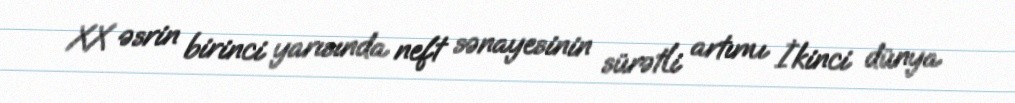
XX əsrin birinci yarısında neft sənayesinin sürətli artımı İkinci dünya